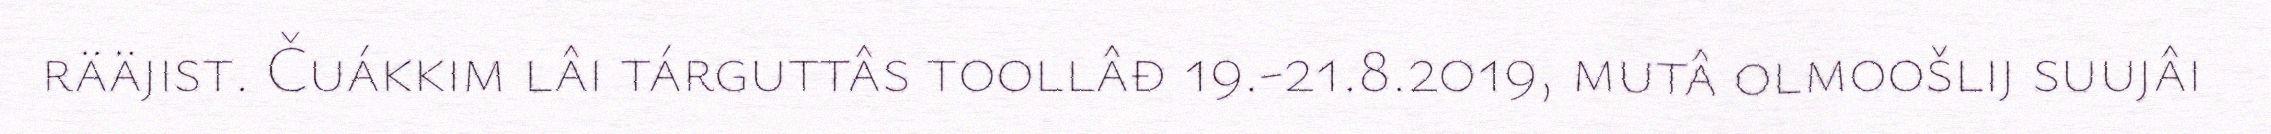
rääjist. Čuákkim lâi tárguttâs toollâđ 19.-21.8.2019, mutâ olmoošlij suujâi